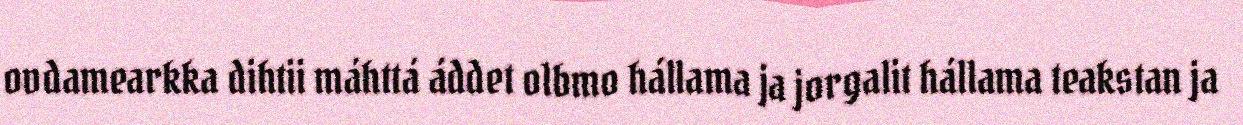
ovdamearkka dihtii máhttá áddet olbmo hállama ja jorgalit hállama teakstan ja